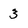
Character: 3